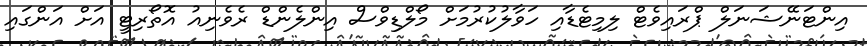
އިންޓަނޭޝަނަލް ޕްރައިވެޓް ލިމިޓެޑާއި ހަވާލުކުރުމަށް މޯލްޑިވްސް އިންލެންޑް ރެވެނިއު އޮތޯރިޓީ އަށް އަންގައި